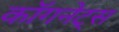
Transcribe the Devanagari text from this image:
कॉगनेट्स